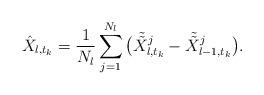
LaTeX: \begin{align*}\hat{X}_{l,t_{k}}=\frac{1}{N_{l}}\sum^{N_{l}}_{j=1}\big(\tilde{\tilde{X}}_{l,t_{k}}^{j}-\tilde{\tilde{X}}_{l-1,t_{k}}^{j}\big).\end{align*}